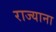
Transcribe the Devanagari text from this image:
राज्याना